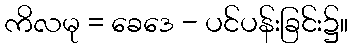
ကိလမု = ခေဒေ - ပင်ပန်းခြင်း၌။